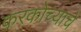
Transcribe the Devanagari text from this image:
करकोच्याचे